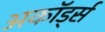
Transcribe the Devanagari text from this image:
अकॉर्ड्स